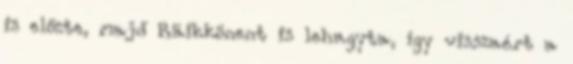
is előzte, majd Räikkönent is lehagyta, így visszaért a